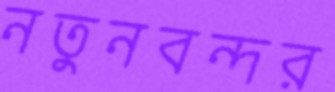
নতুনবন্দর